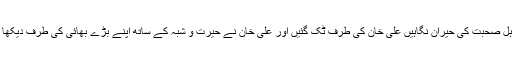
اہلِ صحبت کی حیران نگاہیں علی خان کی طرف ٹک گئیں اور علی خان نے حیرت و شبہ کے ساتھ اپنے بڑے بھائی کی طرف دیکھا ۔